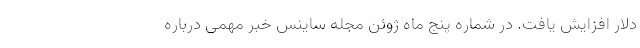
دلار افزایش یافت. در شماره پنج ماه ژوئن مجله ساینس خبر مهمی درباره